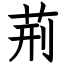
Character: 荊